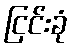
ငြင်းခုံ